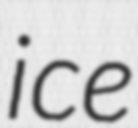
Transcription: ice